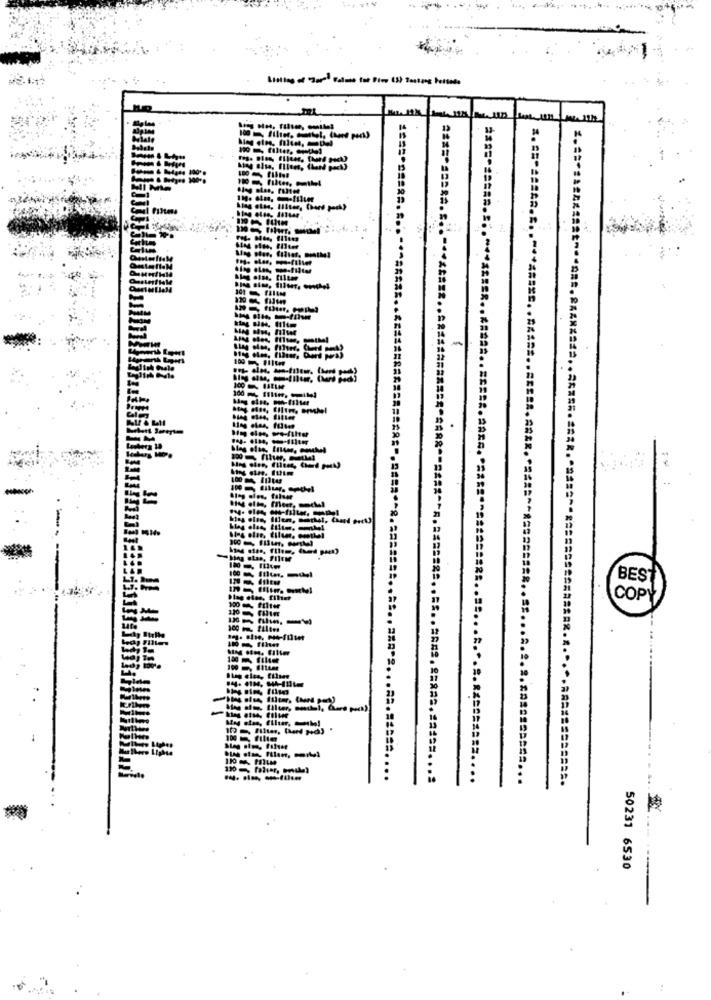
============
-
18
10
=
******* ER .. ##### .. ==== 2. 2016. *============= 22.
BEST
COPY
110-CHIM
st.
100 Filter
50231 6530